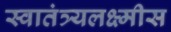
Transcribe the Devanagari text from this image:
स्वातंत्र्यलक्ष्मीस